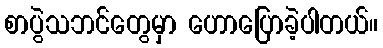
စာပွဲသဘင်တွေမှာ ဟောပြောခဲ့ပါတယ်။